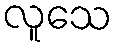
လူသေ